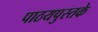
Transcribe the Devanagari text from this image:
पाठयपुस्तके